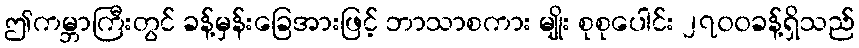
ဤကမ္ဘာကြီးတွင် ခန့်မှန်းခြေအားဖြင့် ဘာသာစကား မျိုး စုစုပေါင်း ၂၇၀၀ခန့်ရှိသည်